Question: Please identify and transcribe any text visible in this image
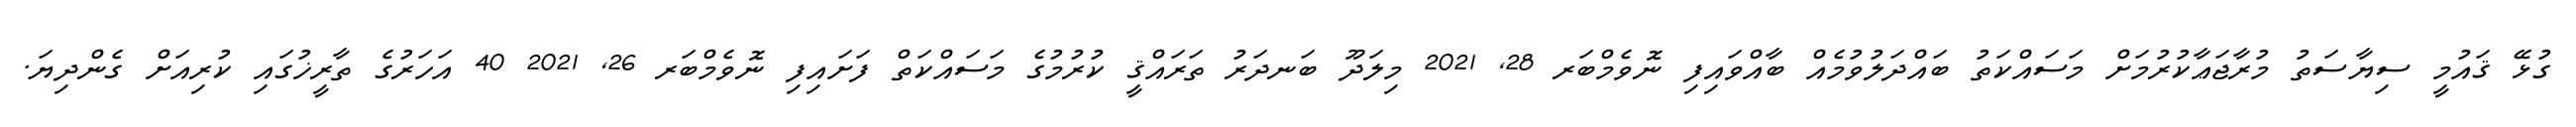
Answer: ގުޅޭ ޤައުމީ ސިޔާސަތު މުރާޖަޢާކުރުމަށް މަސައްކަތު ބައްދަލުވުމެއް ބާއްވައިފި ނޮވެމްބަރ 28, 2021 މިލަދޫ ބަނދަރު ތަރައްޤީ ކުރުމުގެ މަސައްކަތް ފަށައިފި ނޮވެމްބަރ 26, 2021 40 އަހަރުގެ ތާރީޚުގައި ކުރިއަށް ގެންދިޔަ.